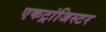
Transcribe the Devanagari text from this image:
एकट्रांजिस्टर